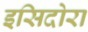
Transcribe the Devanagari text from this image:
इसिदोरा